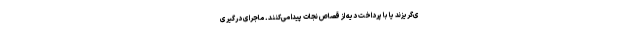
ی‌گریزند یا با پرداخت دیه از قصاص نجات پیدا می‌کنند. ماجرای درگیری